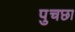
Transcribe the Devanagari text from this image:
पुचछा